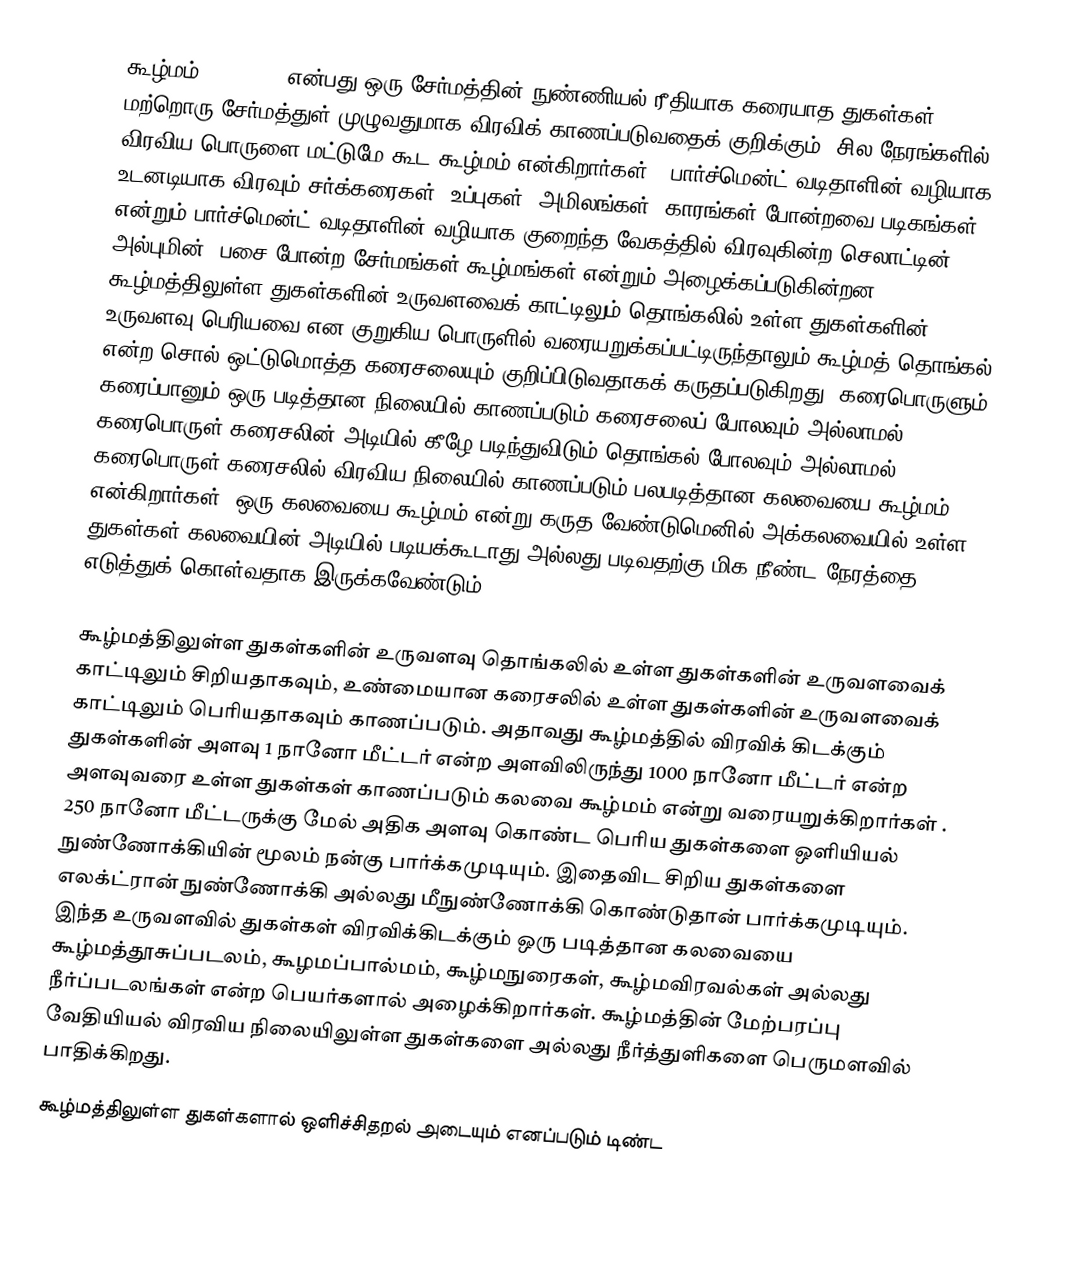
கூழ்மம் (colloid) என்பது ஒரு சேர்மத்தின் நுண்ணியல் ரீதியாக கரையாத துகள்கள் மற்றொரு சேர்மத்துள் முழுவதுமாக விரவிக் காணப்படுவதைக் குறிக்கும். சில நேரங்களில் விரவிய பொருளை மட்டுமே கூட கூழ்மம் என்கிறார்கள் . பார்ச்மென்ட் வடிதாளின் வழியாக உடனடியாக விரவும் சர்க்கரைகள், உப்புகள், அமிலங்கள், காரங்கள் போன்றவை படிகங்கள் என்றும் பார்ச்மென்ட் வடிதாளின் வழியாக குறைந்த வேகத்தில் விரவுகின்ற செலாட்டின், அல்புமின், பசை போன்ற சேர்மங்கள் கூழ்மங்கள் என்றும் அழைக்கப்படுகின்றன. கூழ்மத்திலுள்ள துகள்களின் உருவளவைக் காட்டிலும் தொங்கலில் உள்ள துகள்களின் உருவளவு பெரியவை என குறுகிய பொருளில்  வரையறுக்கப்பட்டிருந்தாலும் கூழ்மத் தொங்கல் என்ற சொல் ஒட்டுமொத்த கரைசலையும் குறிப்பிடுவதாகக் கருதப்படுகிறது. கரைபொருளும் கரைப்பானும் ஒரு படித்தான நிலையில் காணப்படும் கரைசலைப் போலவும் அல்லாமல், கரைபொருள் கரைசலின் அடியில் கீழே படிந்துவிடும் தொங்கல் போலவும் அல்லாமல் கரைபொருள் கரைசலில் விரவிய நிலையில் காணப்படும் பலபடித்தான கலவையை கூழ்மம் என்கிறார்கள். ஒரு கலவையை கூழ்மம் என்று கருத வேண்டுமெனில் அக்கலவையில் உள்ள துகள்கள் கலவையின் அடியில் படியக்கூடாது அல்லது படிவதற்கு மிக நீண்ட நேரத்தை எடுத்துக் கொள்வதாக இருக்கவேண்டும்.

கூழ்மத்திலுள்ள துகள்களின் உருவளவு தொங்கலில் உள்ள துகள்களின் உருவளவைக் காட்டிலும் சிறியதாகவும், உண்மையான கரைசலில் உள்ள துகள்களின் உருவளவைக்  காட்டிலும் பெரியதாகவும் காணப்படும். அதாவது கூழ்மத்தில் விரவிக் கிடக்கும் துகள்களின் அளவு 1 நானோ மீட்டர் என்ற அளவிலிருந்து 1000 நானோ மீட்டர் என்ற அளவுவரை உள்ள துகள்கள் காணப்படும் கலவை கூழ்மம் என்று வரையறுக்கிறார்கள் . 250 நானோ மீட்டருக்கு மேல்  அதிக அளவு கொண்ட பெரிய துகள்களை ஒளியியல் நுண்ணோக்கியின் மூலம் நன்கு பார்க்கமுடியும். இதைவிட சிறிய துகள்களை எலக்ட்ரான் நுண்ணோக்கி அல்லது மீநுண்ணோக்கி கொண்டுதான் பார்க்கமுடியும். இந்த உருவளவில் துகள்கள் விரவிக்கிடக்கும் ஒரு படித்தான கலவையை கூழ்மத்தூசுப்படலம், கூழமப்பால்மம், கூழ்மநுரைகள், கூழ்மவிரவல்கள் அல்லது நீர்ப்படலங்கள் என்ற பெயர்களால் அழைக்கிறார்கள். கூழ்மத்தின் மேற்பரப்பு வேதியியல் விரவிய நிலையிலுள்ள துகள்களை அல்லது நீர்த்துளிகளை பெருமளவில் பாதிக்கிறது.
கூழ்மத்திலுள்ள துகள்களால் ஒளிச்சிதறல் அடையும் எனப்படும் டிண்ட